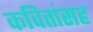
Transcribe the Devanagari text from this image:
कवितांसह